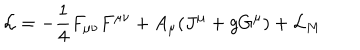
{ \cal L } = - \frac { 1 } { 4 } F _ { \mu \nu } F ^ { \mu \nu } + A _ { \mu } ( J ^ { \mu } + g G ^ { \mu } ) + { \cal L } _ { M }